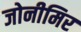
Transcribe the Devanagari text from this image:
जोनीमिर